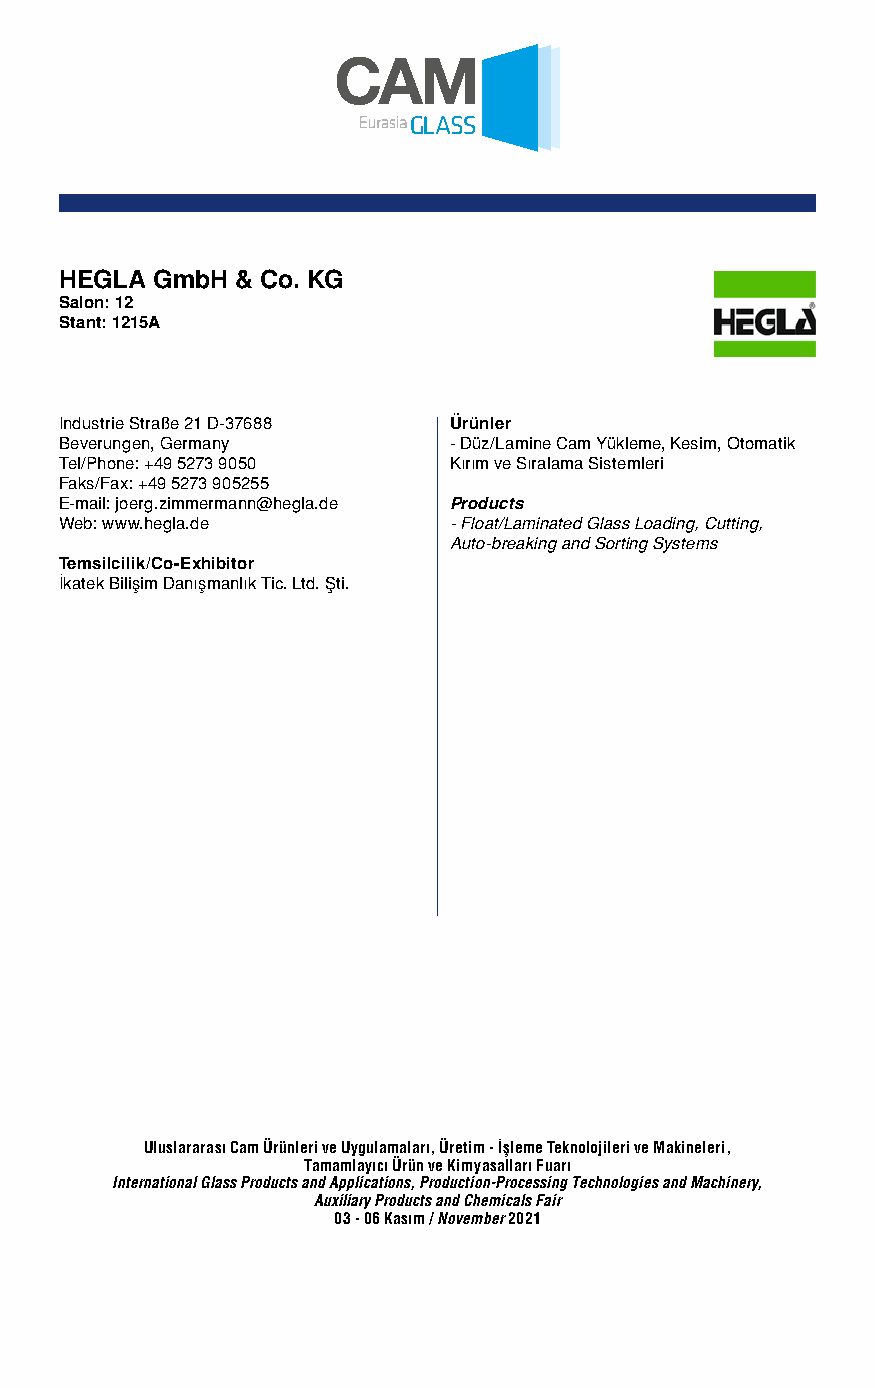
HEGLA GmbH  & Co. KG
 Salon: 12
 Stant: 1215A
 Industrie Straße 21 D-37688 Ürünler
 Beverungen, Germany       - Düz/Lamine Cam Yükleme, Kesim, Otomatik
 Tel/Phone: +49 5273 9050  Kırım ve Sıralama Sistemleri
 Faks/Fax: +49 5273 905255
 E-mail: joerg.zimmermann@hegla.de Products
 Web: www.hegla.de         - Float/Laminated Glass Loading, Cutting,
 Auto-breaking and Sorting Systems
 Temsilcilik/Co-Exhibitor
 İkatek Bilişim Danışmanlık Tic. Ltd. Şti.
 Uluslararası Cam Ürünleri ve Uygulamaları, Üretim - İşleme Teknolojileri ve Makineleri,
 Tamamlayıcı Ürün ve Kimyasalları Fuarı
 International Glass Products and Applications, Production-Processing Technologies and Machinery,
 Auxiliary Products and Chemicals Fair
 03 - 06 Kasım / November 2021